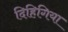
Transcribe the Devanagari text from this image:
दिहिगिया